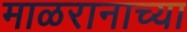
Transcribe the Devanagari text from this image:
माळरानाच्या